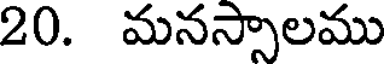
20. మనస్సాలము